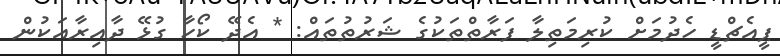
ޕީއެޗްޑީ ހެދުމަށް ކުރިމަތިލާ ފަރާތްތަކުގެ ޝަރުތުތައް: * އެދޭ ކޯހާ ގުޅޭ ދާއިރާއަކުން